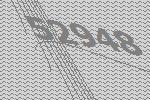
52948